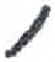
אות: ,